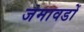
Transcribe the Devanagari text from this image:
जमावडों